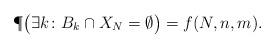
LaTeX: \begin{align*}\P\big(\exists k \colon B_k\cap X_N=\emptyset\big)=f(N, n, m).\end{align*}